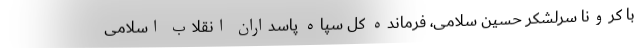
با کرونا سرلشکر حسین سلامی، فرمانده‌ کل سپاه پاسداران انقلاب اسلامی